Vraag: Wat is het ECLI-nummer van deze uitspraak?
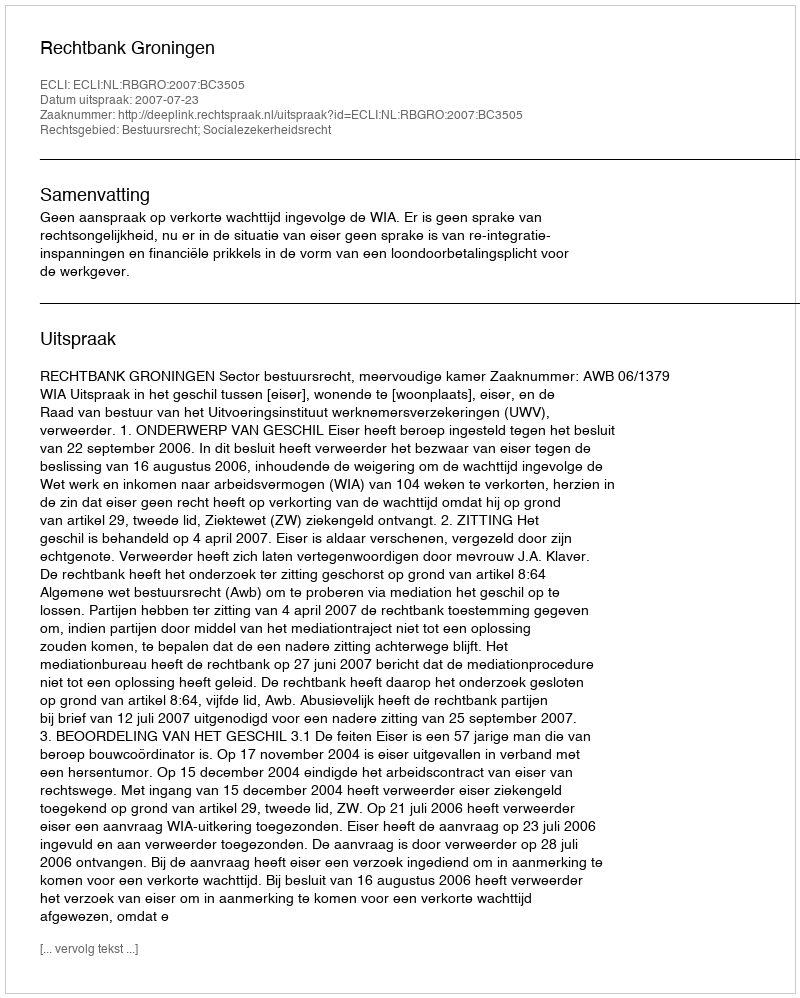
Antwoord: ECLI:NL:RBGRO:2007:BC3505